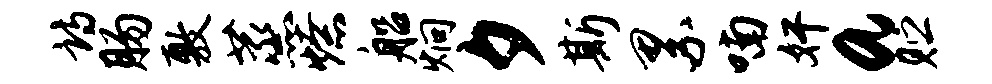
诗肠敷蒸燎船炯夕斯累喃奸a贮